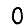
Digit: 0